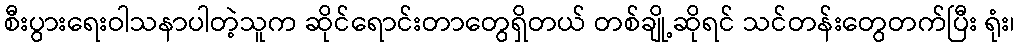
စီးပွားရေးဝါသနာပါတဲ့သူက ဆိုင်ရောင်းတာတွေရှိတယ် တစ်ချို့ဆိုရင် သင်တန်းတွေတက်ပြီး ရုံး၊